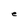
Character: e